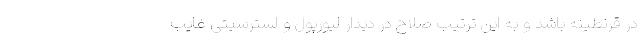
در قرنطینه باشد و به این ترتیب صلاح در دیدار لیورپول و لسترسیتی غایب